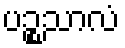
ပဉ္စသာလံ